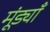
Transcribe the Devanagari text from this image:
मूंड्याँ